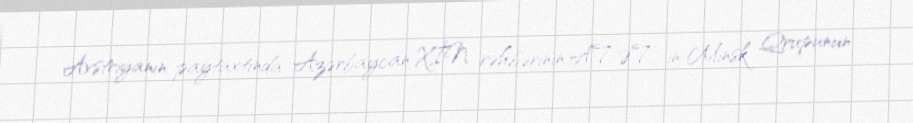
Avstriyanın paytaxtında Azərbaycan XİN rəhbərinin ATƏT-in Minsk Qrupunun